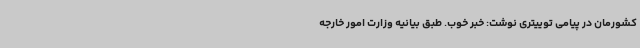
کشورمان در پیامی توییتری نوشت: خبر خوب. طبق بیانیه وزارت امور خارجه